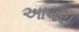
આવરા